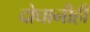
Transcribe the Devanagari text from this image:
दोघानीही